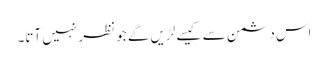
اس دشمن سے کیسے لڑیں گے جو نظر نہیں آتا۔